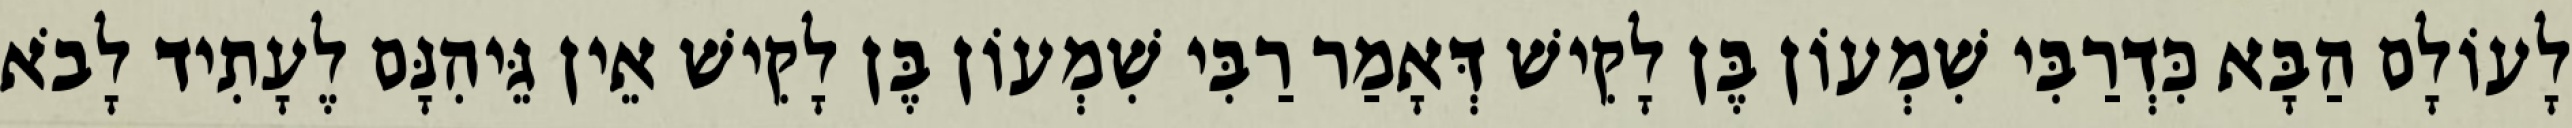
לָעוֹלָם הַבָּא כִּדְרַבִּי שִׁמְעוֹן בֶּן לָקִישׁ דְּאָמַר רַבִּי שִׁמְעוֹן בֶּן לָקִישׁ אֵין גֵּיהִנָּם לֶעָתִיד לָבֹא